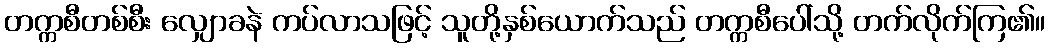
တက္ကစီတစ်စီး လျှောခနဲ ကပ်လာသဖြင့် သူတို့နှစ်ယောက်သည် တက္ကစီပေါ်သို့ တက်လိုက်ကြ၏။